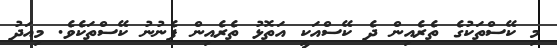
މި ކޭސްތަކުގެ ތެރެއިން ދެ ކޭސްއަކީ އަތޮޅު ތެރެއިން ފެނުނު ކޭސްތަކެވެ. މިއަދު